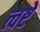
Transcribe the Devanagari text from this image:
त्वष्टे